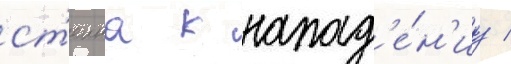
ст'еина к напад'е́н'иу /